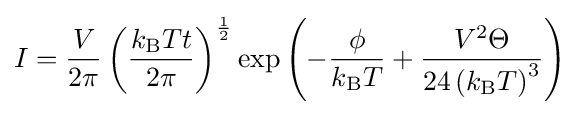
I={\frac {V}{2\pi }}\left({\frac {k_{\text{B}}Tt}{2\pi }}\right)^{\frac {1}{2}}\exp \left(-{\frac {\phi }{k_{\text{B}}T}}+{\frac {V^{2}\Theta }{24\left(k_{\text{B}}T\right)^{3}}}\right)